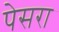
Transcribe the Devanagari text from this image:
पेसरा